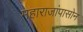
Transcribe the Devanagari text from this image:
महाराजांपासोन